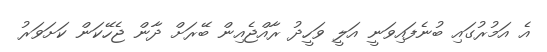
އެ އަމުރުގައި ބުނެފައިވަނީ އަލީ ވަހީދު ރާއްޖެއިން ބޭރަށް ދާން ޖެހޭކަން ކަށަވަރު